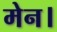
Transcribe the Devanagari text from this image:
मेन।